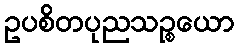
ဥပစိတပုညသဉ္စယော